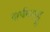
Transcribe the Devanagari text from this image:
सर्पप्पाट्टु